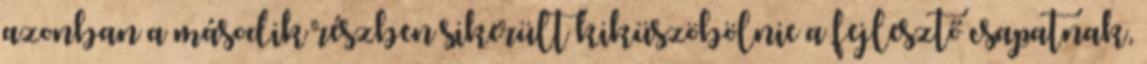
azonban a második részben sikerült kiküszöbölnie a fejlesztő csapatnak,